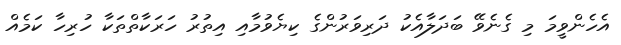
އެހެންވީމަ މި ގެނެވޭ ބަދަލާއެކު ދަރިވަރުންގެ ކިޔެވުމާއި އިތުރު ހަރަކާތްތަކާ ހުރިހާ ކަމެއް